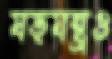
ষড়যন্ত্রও